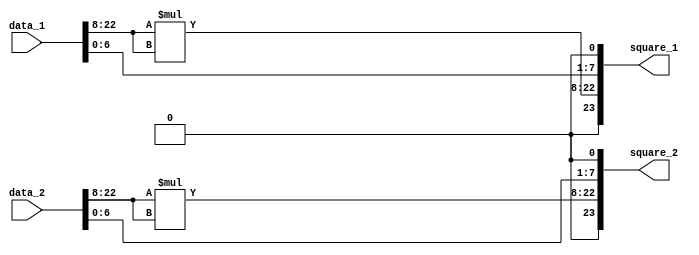
module Square #(parameter word_size=24)(square_1,square_2, data_1, data_2);

output reg[word_size-1: 0] square_1,square_2;
input [word_size-1: 0] data_1, data_2;
wire [7:0]exponent_1;
wire [14:0]mantissa_1;
wire sign_1;
wire [7:0]exponent_2;
wire [14:0]mantissa_2;
wire sign_2;

assign exponent_1=data_1[7:0];
assign mantissa_1=data_1[word_size-2:8];
assign sign_1=data_1[word_size-1];

assign exponent_2=data_2[7:0];
assign mantissa_2=data_2[word_size-2:8];
assign sign_2=data_2[word_size-1];

always @ (data_1 or data_2)
begin
square_1={1'b0,mantissa_1*mantissa_1,exponent_1<<1};
square_2={1'b0,mantissa_2*mantissa_2,exponent_2<<1};
end

endmodule